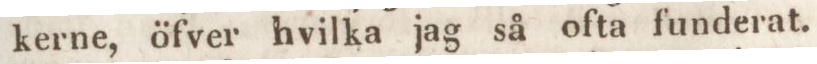
kerne, öfver hvilka jag så ofta funderat.